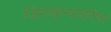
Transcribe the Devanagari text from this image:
जिमखान्यावरील